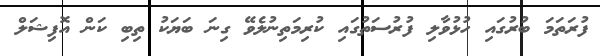
ފުރަތަމަ ބުރުގައި ހުޅުވާލި ފުރުސަތުގައި ކުރިމަތިނުލެވޭ ގިނަ ބަޔަކު ތިބި ކަން އޮފިޝަލް